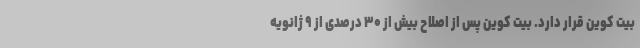
بیت کوین قرار دارد. بیت کوین پس از اصلاح بیش از ۳۰ درصدی از ۹ ژانویه